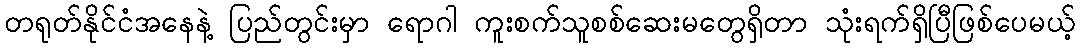
တရုတ်နိုင်ငံအနေနဲ့ ပြည်တွင်းမှာ ရောဂါ ကူးစက်သူစစ်ဆေးမတွေရှိတာ သုံးရက်ရှိပြီဖြစ်ပေမယ့်